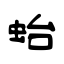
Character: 𧉟